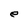
Character: e